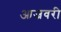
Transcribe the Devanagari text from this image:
आजवरी